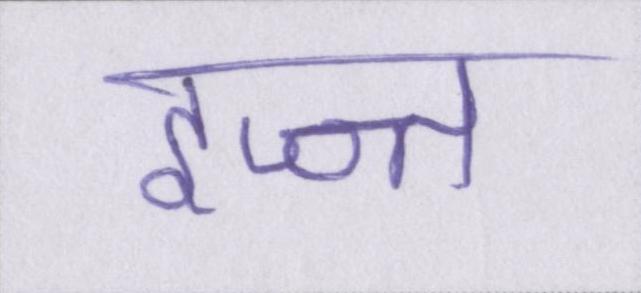
इज्ज्त